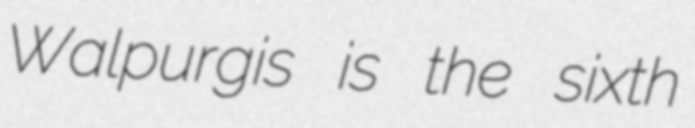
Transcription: Walpurgis is the sixth